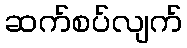
ဆက်စပ်လျက်